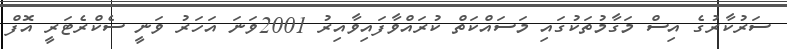
ސަރުކާރުގެ އިސް މަގާމުތަކުގައި މަސައްކަތް ކުރައްވާފައިވާއިރު 2001ވަނަ އަހަރު ވަނީ ސެކްރެޓަރީ އޮފް